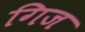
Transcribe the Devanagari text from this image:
गिज